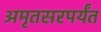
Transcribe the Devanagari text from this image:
अमृतसरपर्यंत